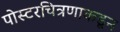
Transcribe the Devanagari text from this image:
पोस्टरचित्रणाकडून